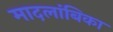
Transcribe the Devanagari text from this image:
मादलांबिका